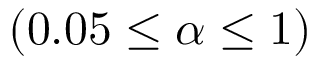
( 0 . 0 5 \leq \alpha \leq 1 )